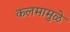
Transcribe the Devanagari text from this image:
कलमामुळे